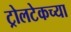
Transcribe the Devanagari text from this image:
ट्रोलटेकच्या